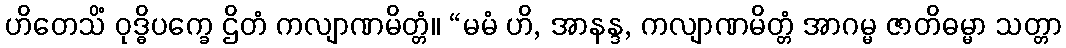
ဟိတေသိံ ဝုဒ္ဓိပက္ခေ ဌိတံ ကလျာဏမိတ္တံ။ “မမံ ဟိ, အာနန္ဒ, ကလျာဏမိတ္တံ အာဂမ္မ ဇာတိဓမ္မာ သတ္တာ